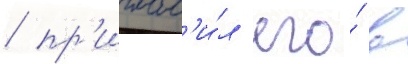
/ пр'иглас'и́л его́ в